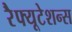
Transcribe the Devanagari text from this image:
रेैफ्यूटेशन्स